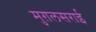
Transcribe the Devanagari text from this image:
मुग़लसराई